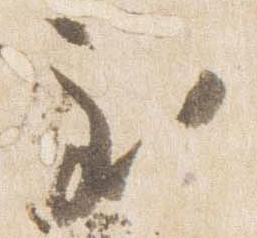
至